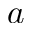
a